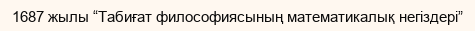
1687 жылы “Табиғат философиясының математикалық негіздері”